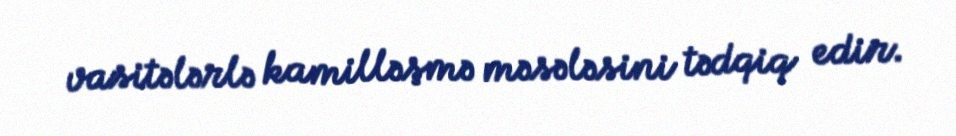
vasitələrlə kamilləşmə məsələsini tədqiq edir.